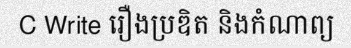
C Write រឿងប្រឌិត និងកំណាព្យ